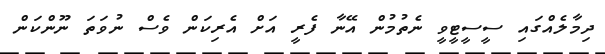
ދިމާލެއްގައި ސީސީޓީވީ ނެތުމުން އޭނާ ފެރީ އަށް އެރިކަން ވެސް ނުވަތަ ނޫންކަން